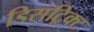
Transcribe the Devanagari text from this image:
डिसट्रिक्ट